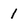
Character: 1